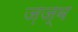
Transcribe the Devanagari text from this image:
ज़ज्ब